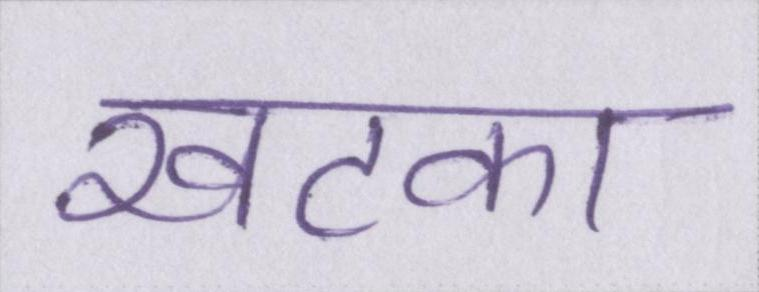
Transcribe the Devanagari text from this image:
खटका